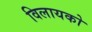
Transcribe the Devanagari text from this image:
विलायको